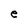
Character: e